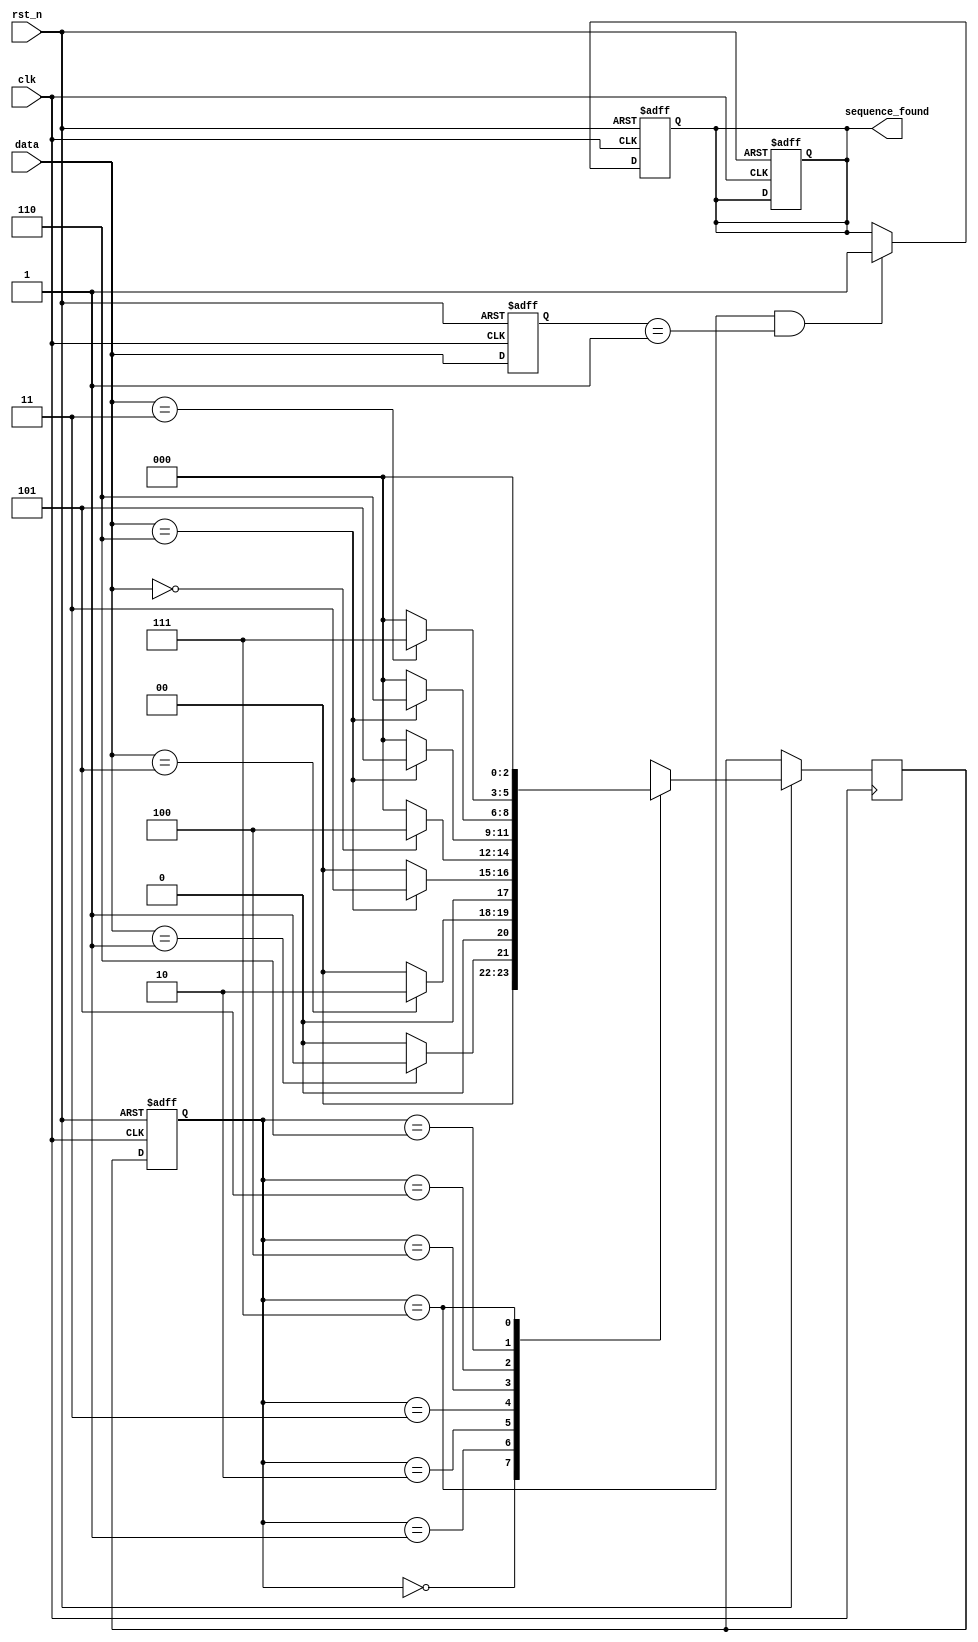
module SequenceDetector(
  input wire clk,
  input wire rst_n,
  input wire [2:0] data,
  output reg sequence_found
);

  reg [2:0] state;
  reg [2:0] next_state;
  reg [2:0] prev_data;

  // Define the sequence pattern
  localparam [7:0] SEQUENCE_PATTERN = 8'b0011011000110101;

  always @(posedge clk or negedge rst_n) begin
    if (~rst_n) begin
      // Reset the state and other variables
      state <= 3'b000;
      prev_data <= 3'b000;
      sequence_found <= 1'b0;
    end else begin
      // State transitions
      state <= next_state;
      prev_data <= data;

      case (state)
        3'b000: begin // Initial state
          if (data == 3'b001)
            next_state = 3'b001;
          else
            next_state = 3'b000;
        end

        3'b001: begin
          if (data == 3'b101)
            next_state = 3'b010;
          else
            next_state = 3'b000;
        end

        3'b010: begin
          if (data == 3'b110)
            next_state = 3'b011;
          else
            next_state = 3'b000;
        end

        3'b011: begin
          if (data == 3'b000)
            next_state = 3'b100;
          else
            next_state = 3'b000;
        end

        3'b100: begin
          if (data == 3'b110)
            next_state = 3'b101;
          else
            next_state = 3'b000;
        end

        3'b101: begin
          if (data == 3'b110)
            next_state = 3'b110;
          else
            next_state = 3'b000;
        end

        3'b110: begin
          if (data == 3'b011)
            next_state = 3'b111;
          else
            next_state = 3'b000;
        end

        3'b111: begin
          if (data == 3'b101)
            next_state = 3'b000;
          else
            next_state = 3'b000;
        end
      endcase
    end
  end

  always @(posedge clk or negedge rst_n) begin
    if (~rst_n)
      sequence_found <= 1'b0;
    else if (state == 3'b111 && prev_data == SEQUENCE_PATTERN[7:5])
      sequence_found <= 1'b1;
  end

endmodule